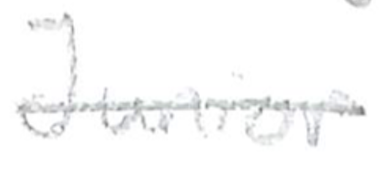
Text: Junior
Cross-out: single-line
Writing tool: pencil